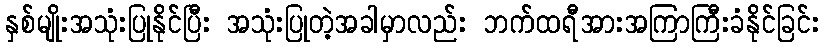
နှစ်မျိုးအသုံးပြုနိုင်ပြီး အသုံးပြုတဲ့အခါမှာလည်း ဘက်ထရီအားအကြာကြီးခံနိုင်ခြင်း